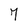
Character: 7